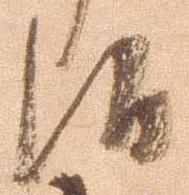
候